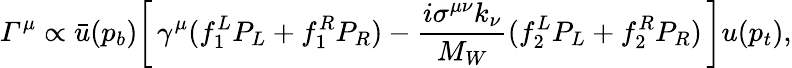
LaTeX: {\mit\Gamma}^{\mu}\propto\bar{u}(p_{b})\biggl[\, \gamma^{\mu}(f_{1}^{L}P_{L}+f_{1}^{R}P_{R})-{\frac{i\sigma^{\mu\nu}k_{\nu}}{M_{W}}}(f_{2}^{L}P_{L}+f_{2}^{R}P_{R})\, \biggr]u(p_{t}),